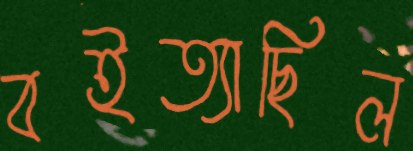
বইত্যাছিল